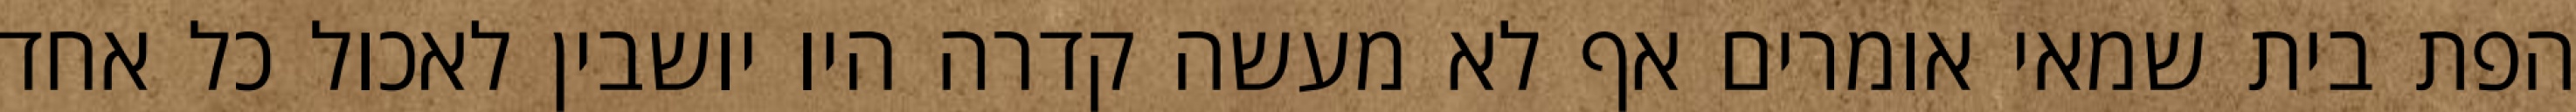
הפת בית שמאי אומרים אף לא מעשה קדרה היו יושבין לאכול כל אחד